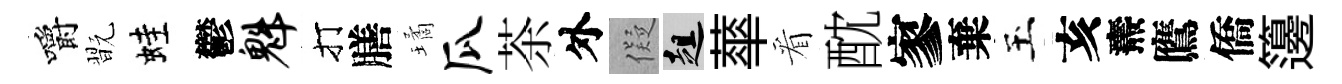
嚼翫蛙鬱魁打膳璚瓜茶外儗趄蕐看酖寥棄玉亥燾鷹僑籩